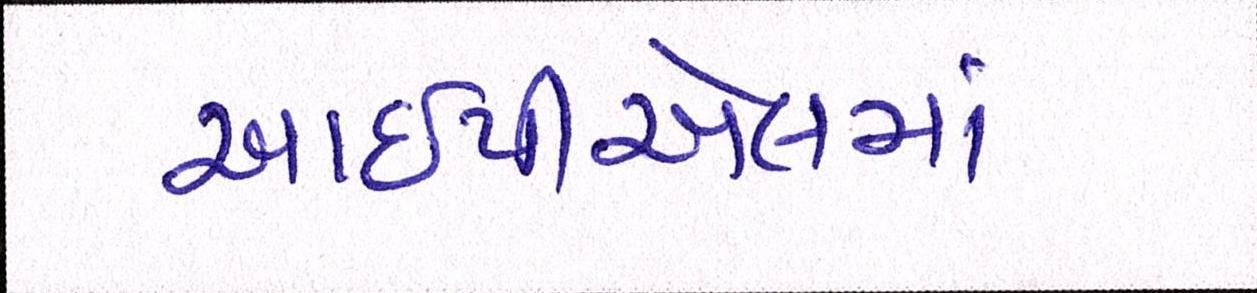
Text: આઇપીએલમાં